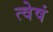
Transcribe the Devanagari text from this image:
त्वेषं